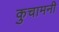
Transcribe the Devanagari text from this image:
कुचामनी